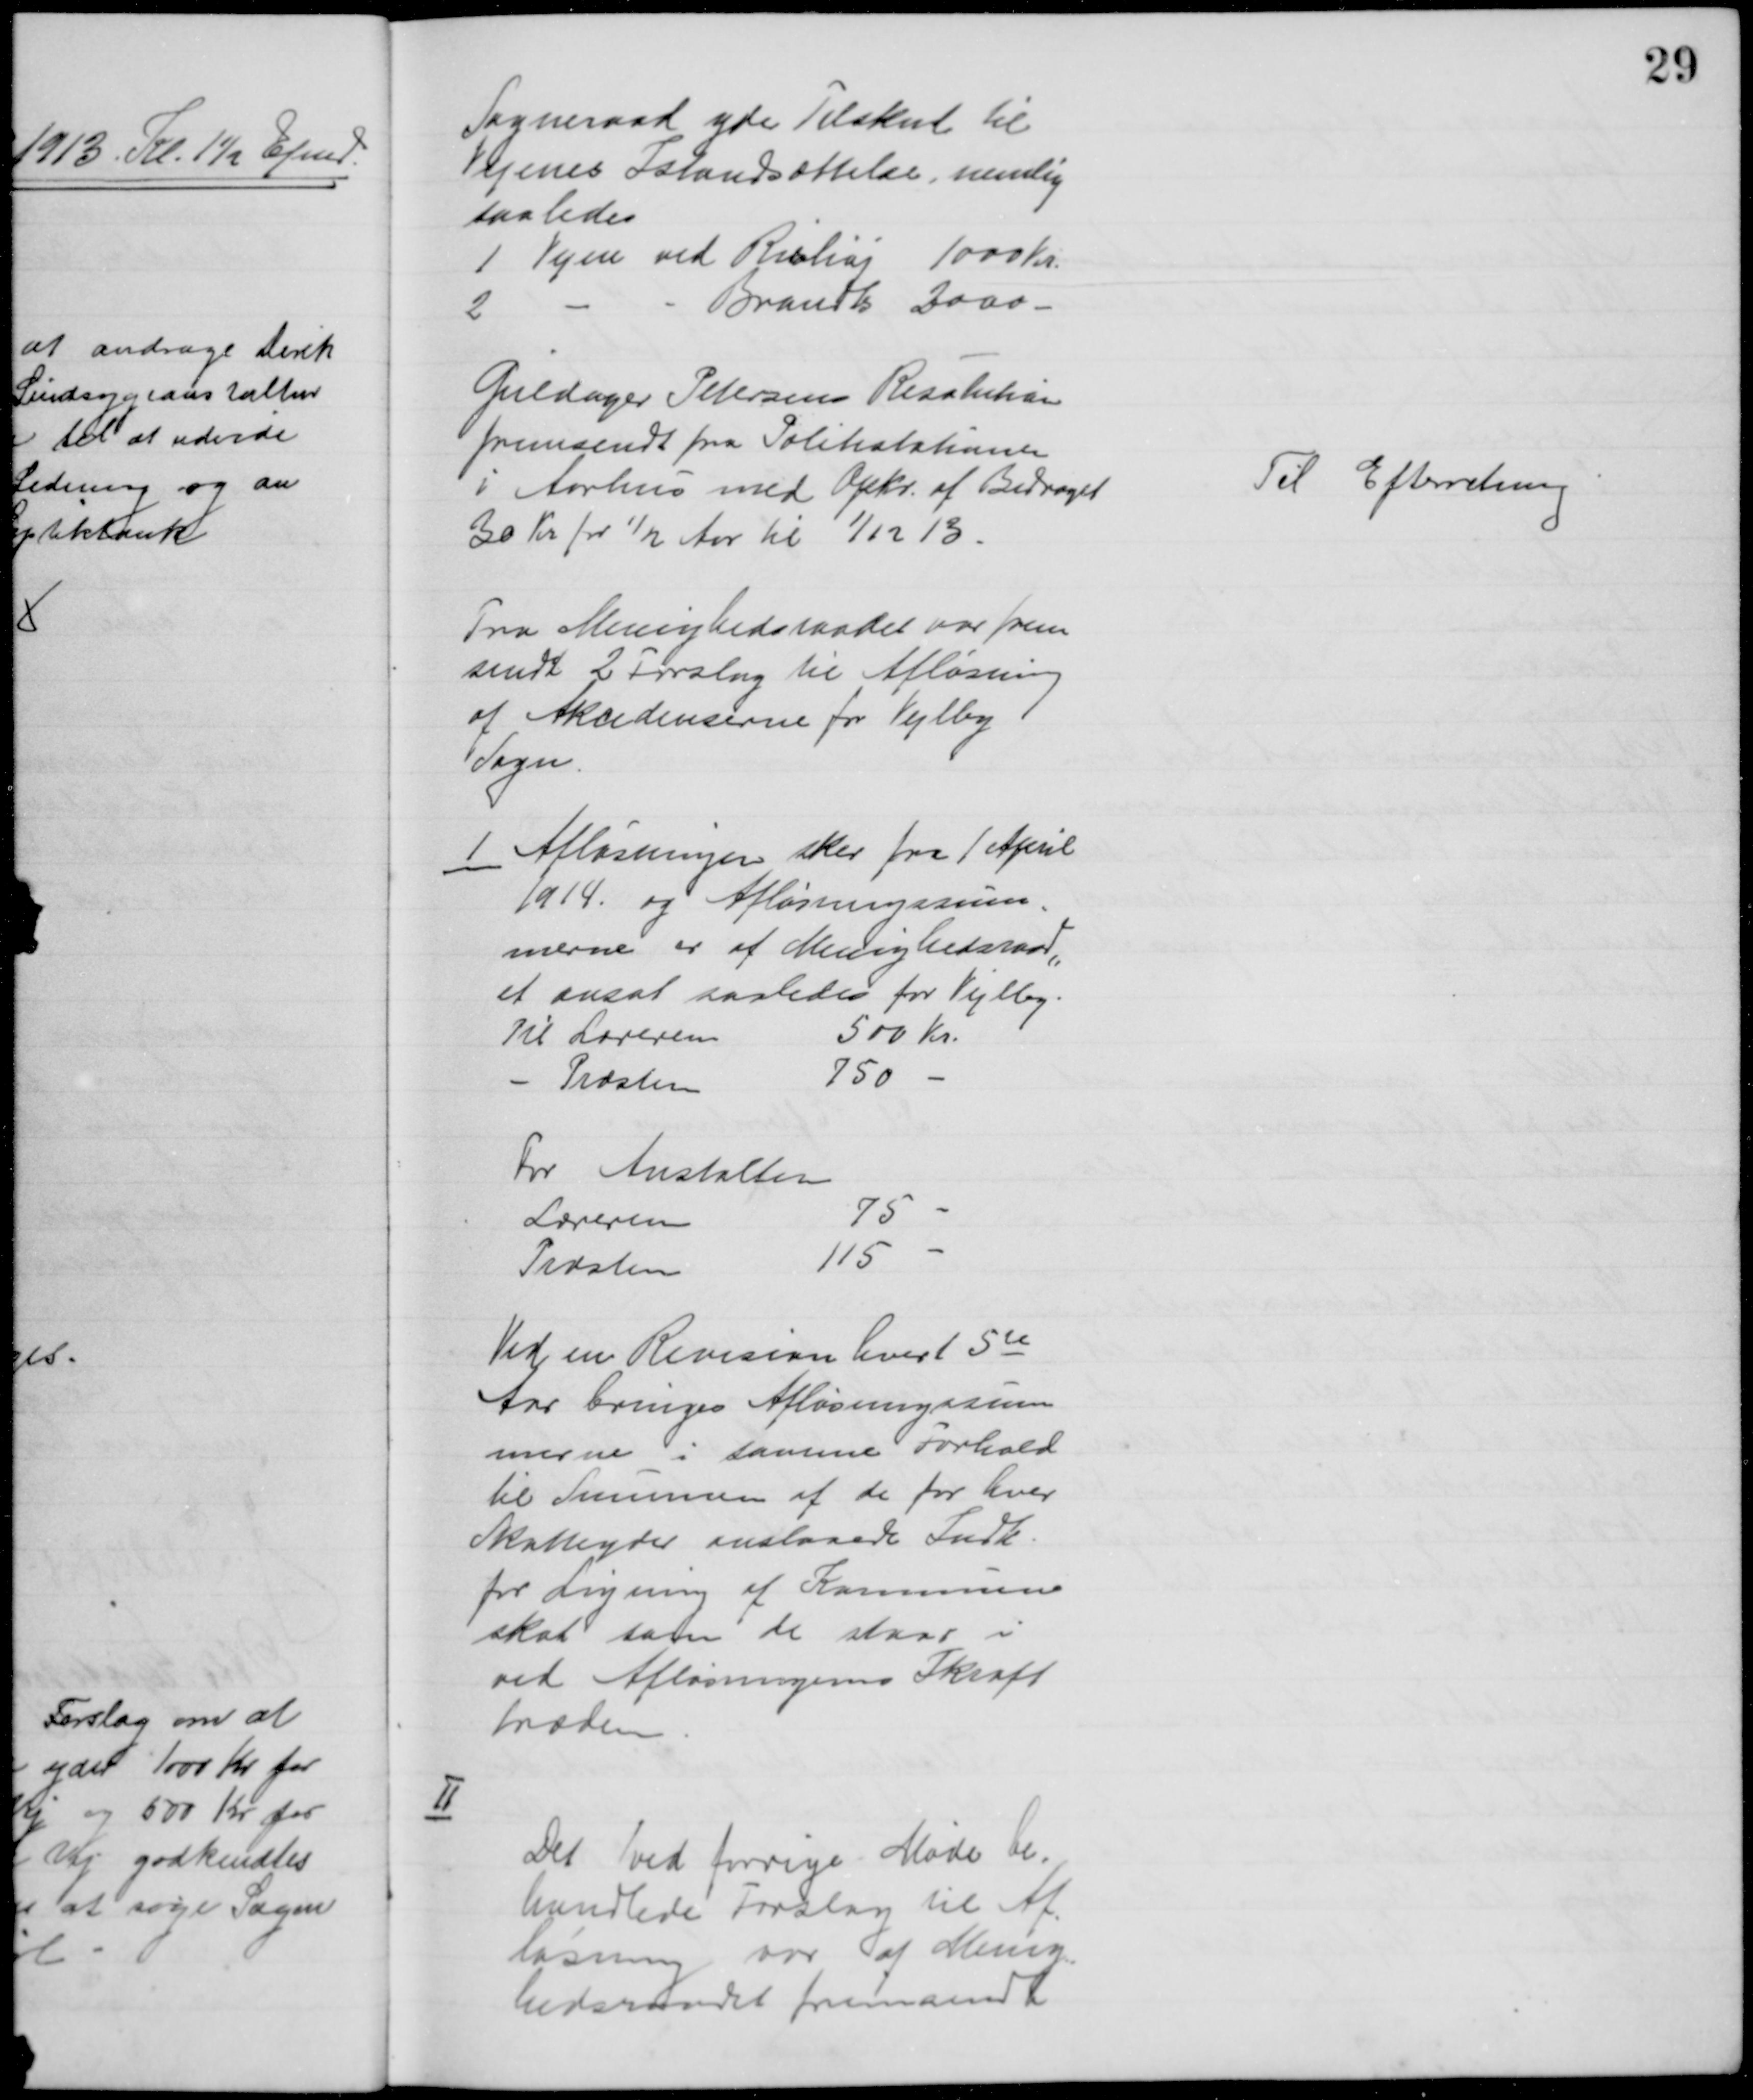
Transskription:
Sogneraad yde Tilskud til
Vejenes Istandsættelse, nemlig
saaledes
1 Vejen ved Rishøj 1000 Kr.
2
Brandts 2000 
Guldager Petersens Resolution
fremsendt fra Politistationen
i Aarhus med Opkr. af Bidraget
30 Kr for ½ Aar til 1/12 13.
Til Efterretning
Fra Menighedsraadet var frem
sendt 2 Forslag til Afløsning
af Akcidenserne for Vejlby
Sogn.
1 Afløsninger sker fra 1 April
1914. og Afløsningssum
=
merne er af Menighedsraad
=
et ansat saaledes for Vejlby.
Til Læreren
500 Kr.
Præsten
750
for Anstalten
Læreren
75 
Præsten
115
Ved en Revision hvert 5te
Aar bringes Afløsningssum=
merne i samme Forhold
til Summen af de for hver
Skatteyder anslaaede Indk.
for Ligning af Kommune=
skat som de staar i
ved Afløsningens Ikraft
træden
II
Det ved forrige Møde be=
handlede Forslag til Af=
løsning var af Menig
=
hedsraadet fremsendt